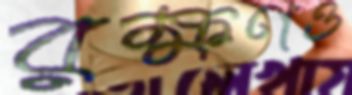
রক্ষণও